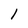
Character: 1